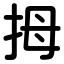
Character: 拇